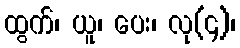
ထွက်၊ ယူ၊ ပေး၊ လု(၄)၊